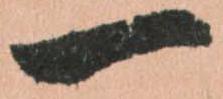
一